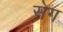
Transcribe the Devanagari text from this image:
सेग